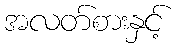
အလတ်စားနှင့်